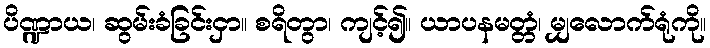
ပိဏ္ဍာယ၊ ဆွမ်းခံခြင်းငှာ။ စရိတွာ၊ ကျင့်၍။ ယာပနမတ္တံ၊ မျှလောက်ရုံကို။